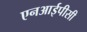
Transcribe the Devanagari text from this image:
एनआईपीसी